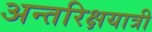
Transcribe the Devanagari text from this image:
अन्तरिक्षयात्री